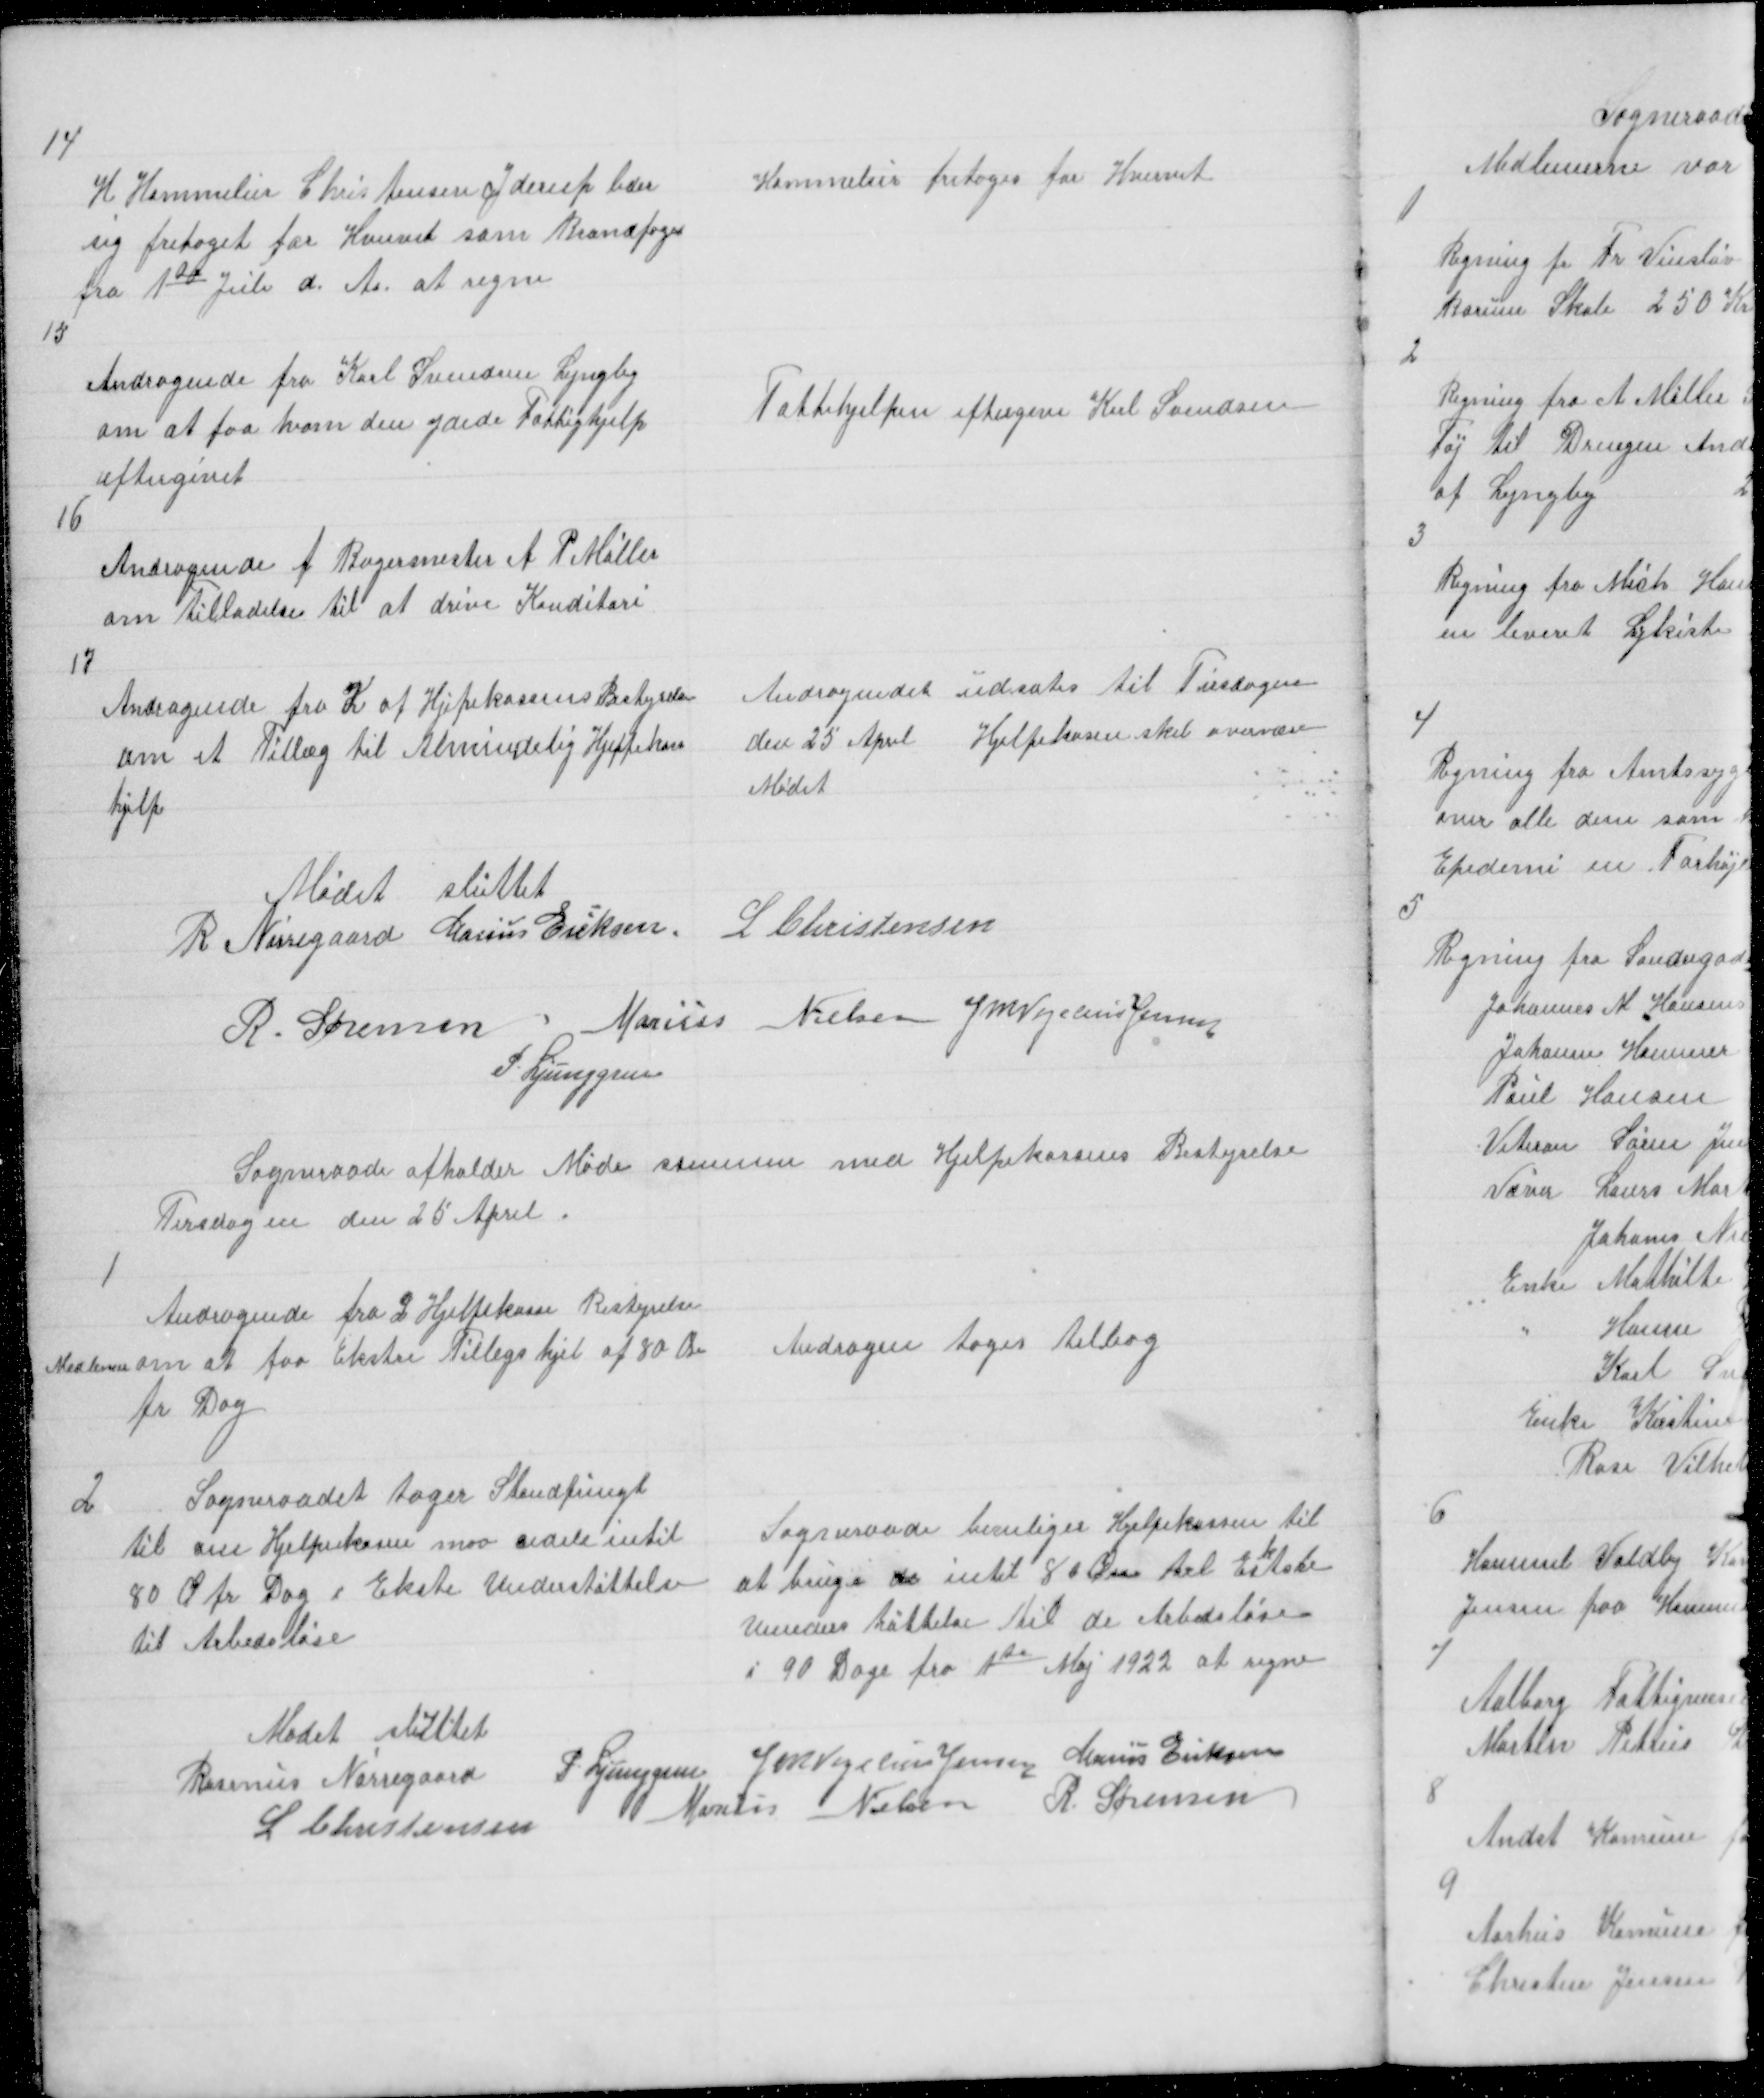
Transskription:
14

H Hammelier Christensen Yderup bder
sig fritaget for Hvervet som Brandfoged
fra 1te Juli d. A. at regne

Hammelier fritages for Hvervet

15

Andragende fra Karl Svendsen Lyngby
om at faa ham den ydede Fattighjelp
eftergivet

Fattihjelpen eftergive Karl Svendsen

16

Andragende f Bagermester A P Møller
om Tilladelse til at drive Konditori

17

Andragende fra K af Hjepekassens Bestyrelse
om et Tillæg til Almindelig Hjelpkasse
hjelp

Andragendet udsates til Tirsdagen
den 25 April Hjelpekassen skal overvære
Mødet

Mødet sluttet
R Nørregaard Marius Eriksen
L Christensen
R. Sørensen Marius Nielsen J M Vogelius Jensen
P. Ljunggren

Sogneraade afholder Møde sammen med Hjelpekassens Bestyrelse
Tirsdagen den 25 April.

1

Andragende fra 2 Hjelpekasse Bestyrelse
Medlemer om at faa Ekstre Tillegs hjel af 80 Øre
pr Dag

Andragen tages tilbag

2

Sogneraadet tager Standpungt
til om Hjelpekassen maa udele intil
80 Ø pr Dag i Ekste Understøttelse
til Arbedsløse

Sogneraade beviliger Hjelpekassen til
at bruge de intil 80 Øre til Es
k
tsre
Unders tøttelse til de Arbedsløse
i 90 Dage fra 1te Maj 1922 at regne

Mødet sluttet
Rasmus Nørregaard
L Christensen

P. Ljunggren J M Vogelius Jensen Marius Eriksen
Marius Nielsen R. Sørensen